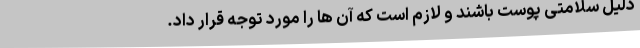
دلیل سلامتی پوست باشند و لازم است که آن ها را مورد توجه قرار داد.